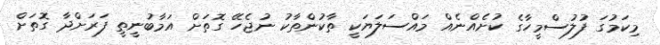
މިކަމުގަ ފުލުސްމީހާގެ ކުށެއްނެއް މައްސަލަޔަކީ ތާކުންތާކު ނުޖެހޭ ގޮތަށް އަމާބުނީތީ ފަރަށްދާ ގޮތަށް